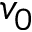
v _ { 0 }